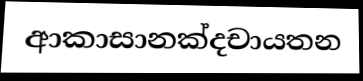
ආකාසානක්දචායතන